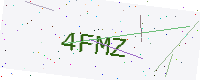
Text: 4FMZ